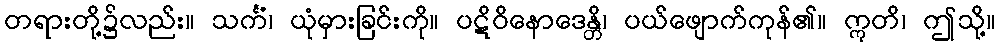
တရားတို့၌လည်း။ သင်္ကံ၊ ယုံမှားခြင်းကို။ ပဋိဝိနောဒေန္တိ၊ ပယ်ဖျောက်ကုန်၏။ ဣတိ၊ ဤသို့။